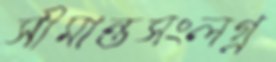
সীমান্তসংলগ্ন